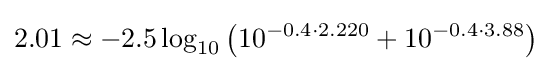
2.01\approx -2.5\log _{10}\left(10^{-0.4\cdot 2.220}+10^{-0.4\cdot 3.88}\right)